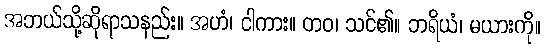
အဘယ်သို့ဆိုရာသနည်း။ အဟံ၊ ငါကား။ တဝ၊ သင်၏။ ဘရိယံ၊ မယားကို။